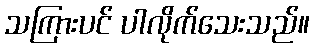
သကြားပင် ပါလိုက်သေးသည်။